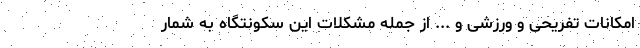
امکانات تفریحی و ورزشی و ... از جمله مشکلات این سکونتگاه به شمار